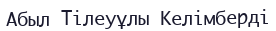
Абыл Тілеуұлы Келімберді